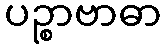
ပဉ္စာဗာဓာ